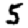
Digit: 5